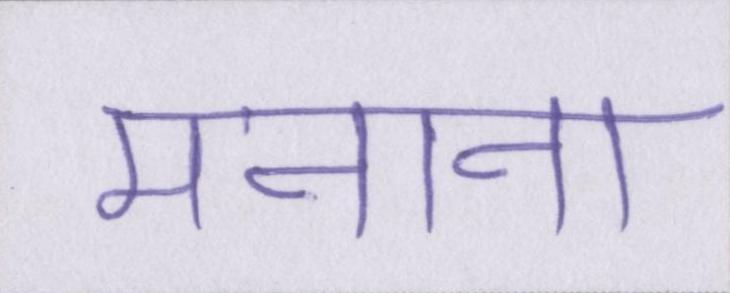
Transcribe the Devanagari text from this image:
मनाना